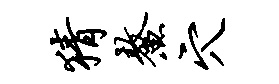
猜鳌穴